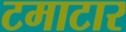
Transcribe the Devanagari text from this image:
टमाटार